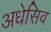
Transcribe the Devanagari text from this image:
अधेसिव